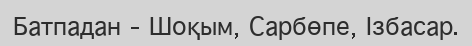
Батпадан – Шоқым, Сарбөпе, Ізбасар.